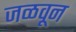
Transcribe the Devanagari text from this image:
जळवून